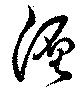
纏